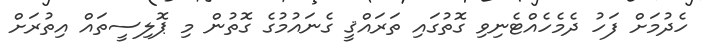
ހެދުމަށް ފަހު ދެމެހެއްޓެނިވި ގޮތުގައި ތަރައްޤީ ގެނައުމުގެ ގޮތުން މި ޕޮލިސީތައް އިތުރަށް